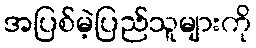
အပြစ်မဲ့ပြည်သူများကို